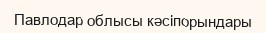
Павлодар облысы кәсіпорындары